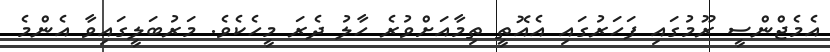
އެމެޖްންސީ ރޫމުގައި ފަހަރުގައި އެއޮތީ ތިމާއަށްވުރެ ހާލު ދެރަ މީހެކެވެ. މަރުބަލީގައިވާ އެންމެ